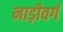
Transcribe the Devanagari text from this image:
नाड़ीवर्ग